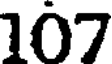
107